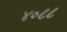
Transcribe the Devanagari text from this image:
४०८८